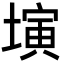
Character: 𡐔